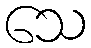
သေ